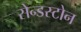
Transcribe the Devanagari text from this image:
सेन्डस्टोन